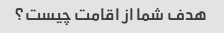
هدف شما از اقامت چیست؟